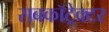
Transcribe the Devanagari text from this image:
सबकॉट्रेक्टर